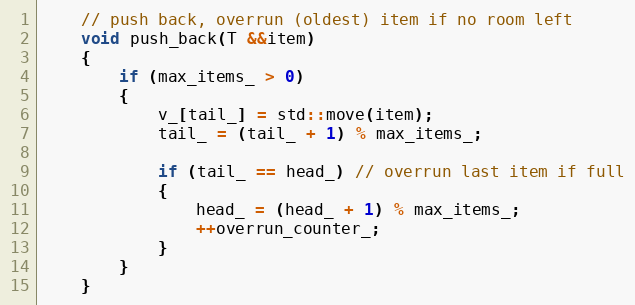
Language: C
    // push back, overrun (oldest) item if no room left
    void push_back(T &&item)
    {
        if (max_items_ > 0)
        {
            v_[tail_] = std::move(item);
            tail_ = (tail_ + 1) % max_items_;

            if (tail_ == head_) // overrun last item if full
            {
                head_ = (head_ + 1) % max_items_;
                ++overrun_counter_;
            }
        }
    }